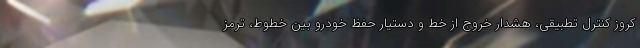
کروز کنترل تطبیقی، هشدار خروج از خط و دستیار حفظ خودرو بین خطوط، ترمز